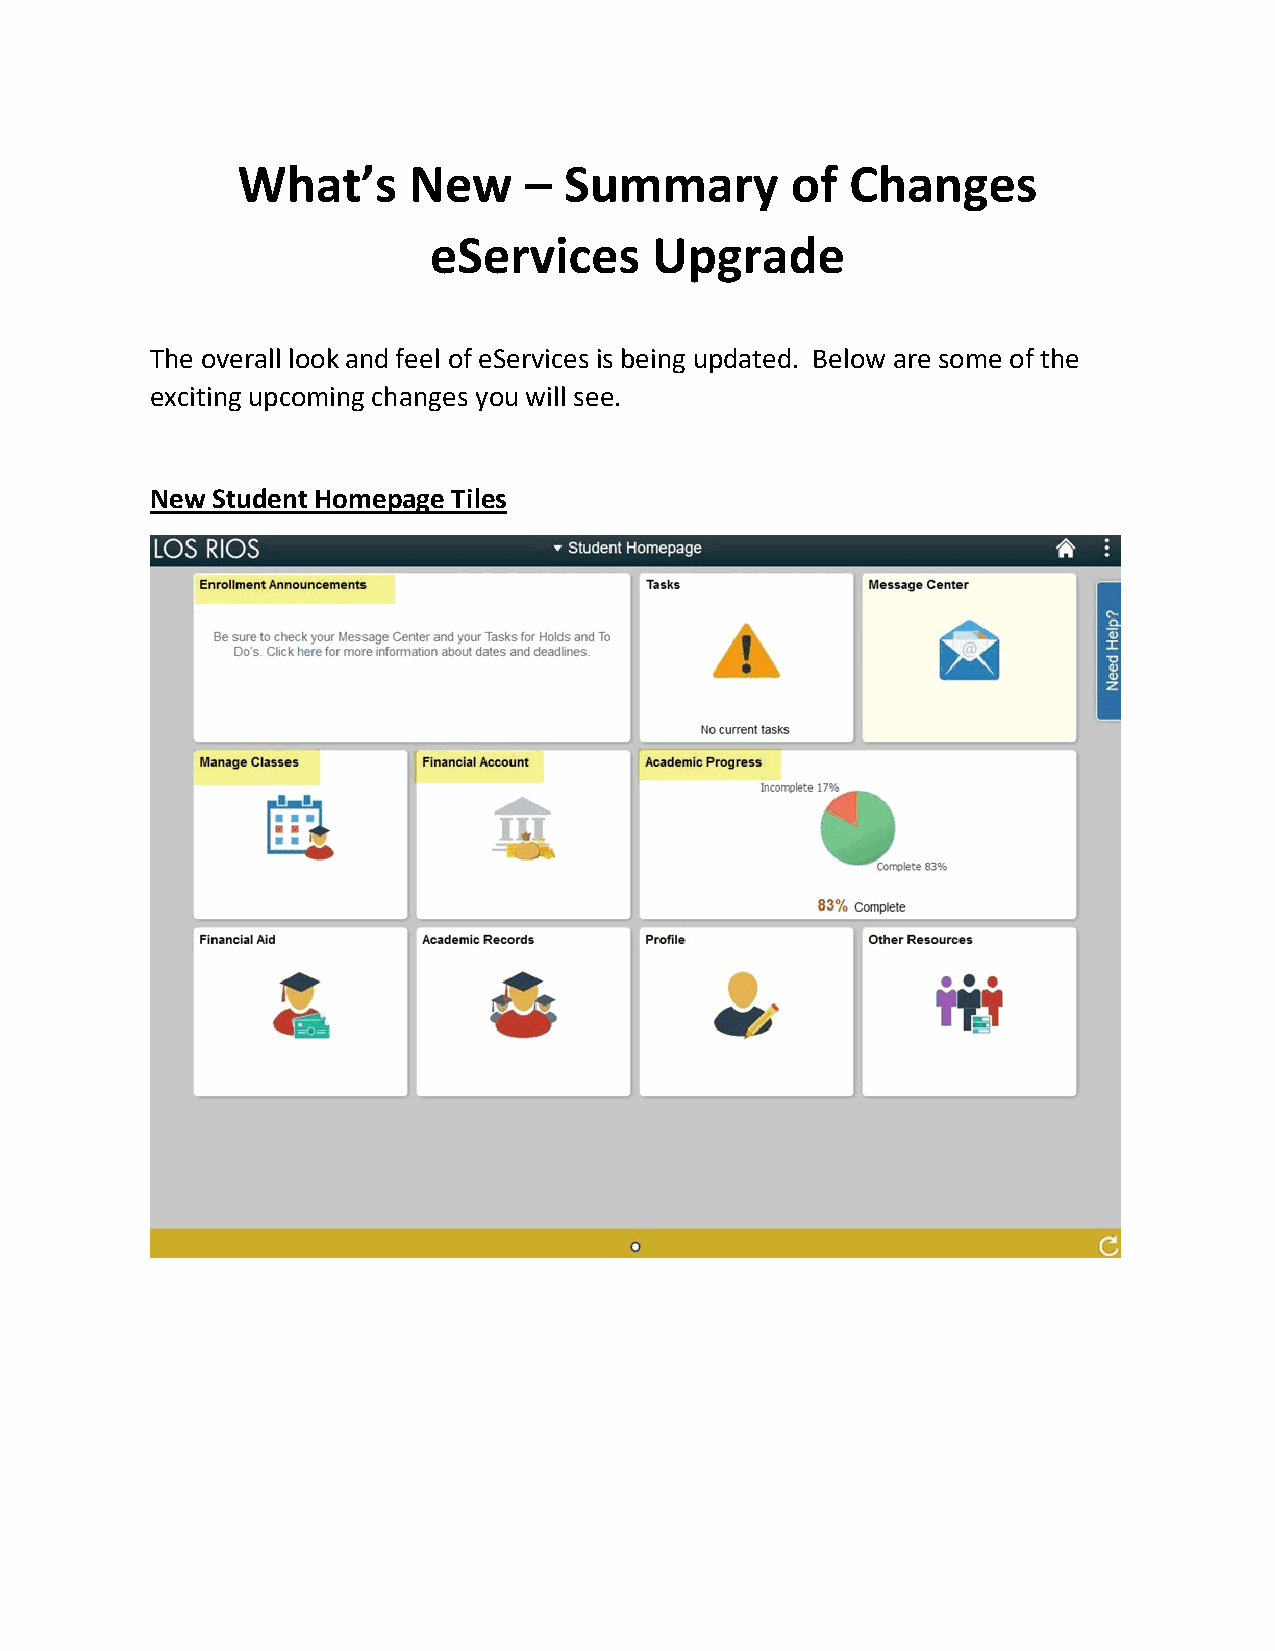
What’s     New     – Summary        of  Changes
 eServices      Upgrade
 The overall look and feel of eServices is being updated. Below are some of the
 exciting upcoming changes you will see.
 New Student Homepage Tiles